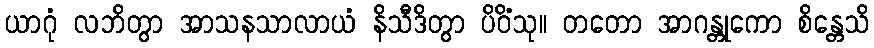
ယာဂုံ လဘိတွာ အာသနသာလာယံ နိသီဒိတွာ ပိဝိံသု။ တတော အာဂန္တုကော စိန္တေသိ